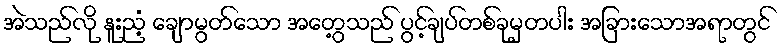
အဲသည်လို နူးညံ့ ချောမွတ်သော အတွေ့သည် ပွင့်ချပ်တစ်ခုမှတပါး အခြားသောအရာတွင်